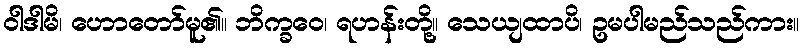
ဝါဒါမိ၊ ဟောတော်မူ၏။ ဘိက္ခဝေ၊ ရဟန်းတို့။ သေယျထာပိ၊ ဥမပါမည်သည်ကား။